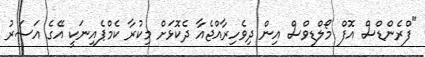
"ފްރެންޑްސް އޮފް މޯލްޑިވްސް އިން ދިވެހިރާއްޖެއާ ދެކޮޅަށް މިކުރާ ކެމްޕެއިނަކީ އޭގެ އަސަރު